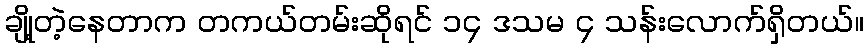
ချို့တဲ့နေတာက တကယ်တမ်းဆိုရင် ၁၄ ဒသမ ၄ သန်းလောက်ရှိတယ်။